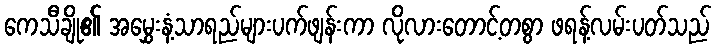
ကေသီချို၏ အမွှေးနံ့သာရည်များပက်ဖျန်းကာ လိုလားတောင့်တစွာ ဖရန့်လမ်းပတ်သည်